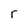
Character: r